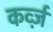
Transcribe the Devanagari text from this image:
कर्व्ज़